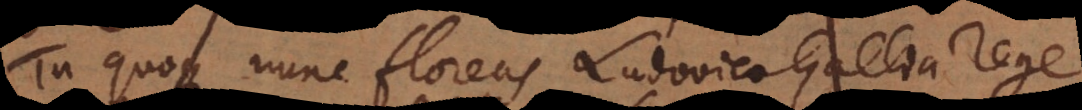
Tu quoque nunc florens Ludovico Gallia rege